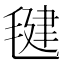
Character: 毽